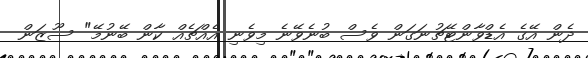
ދެން އޭގެ އެޑްވާންޓޭޗުނަގަން ވެސް ބުނެވޭނެ މިވެނި އެއްޗެއް ކާން ބޭނުމޭ" ސޫޒަން